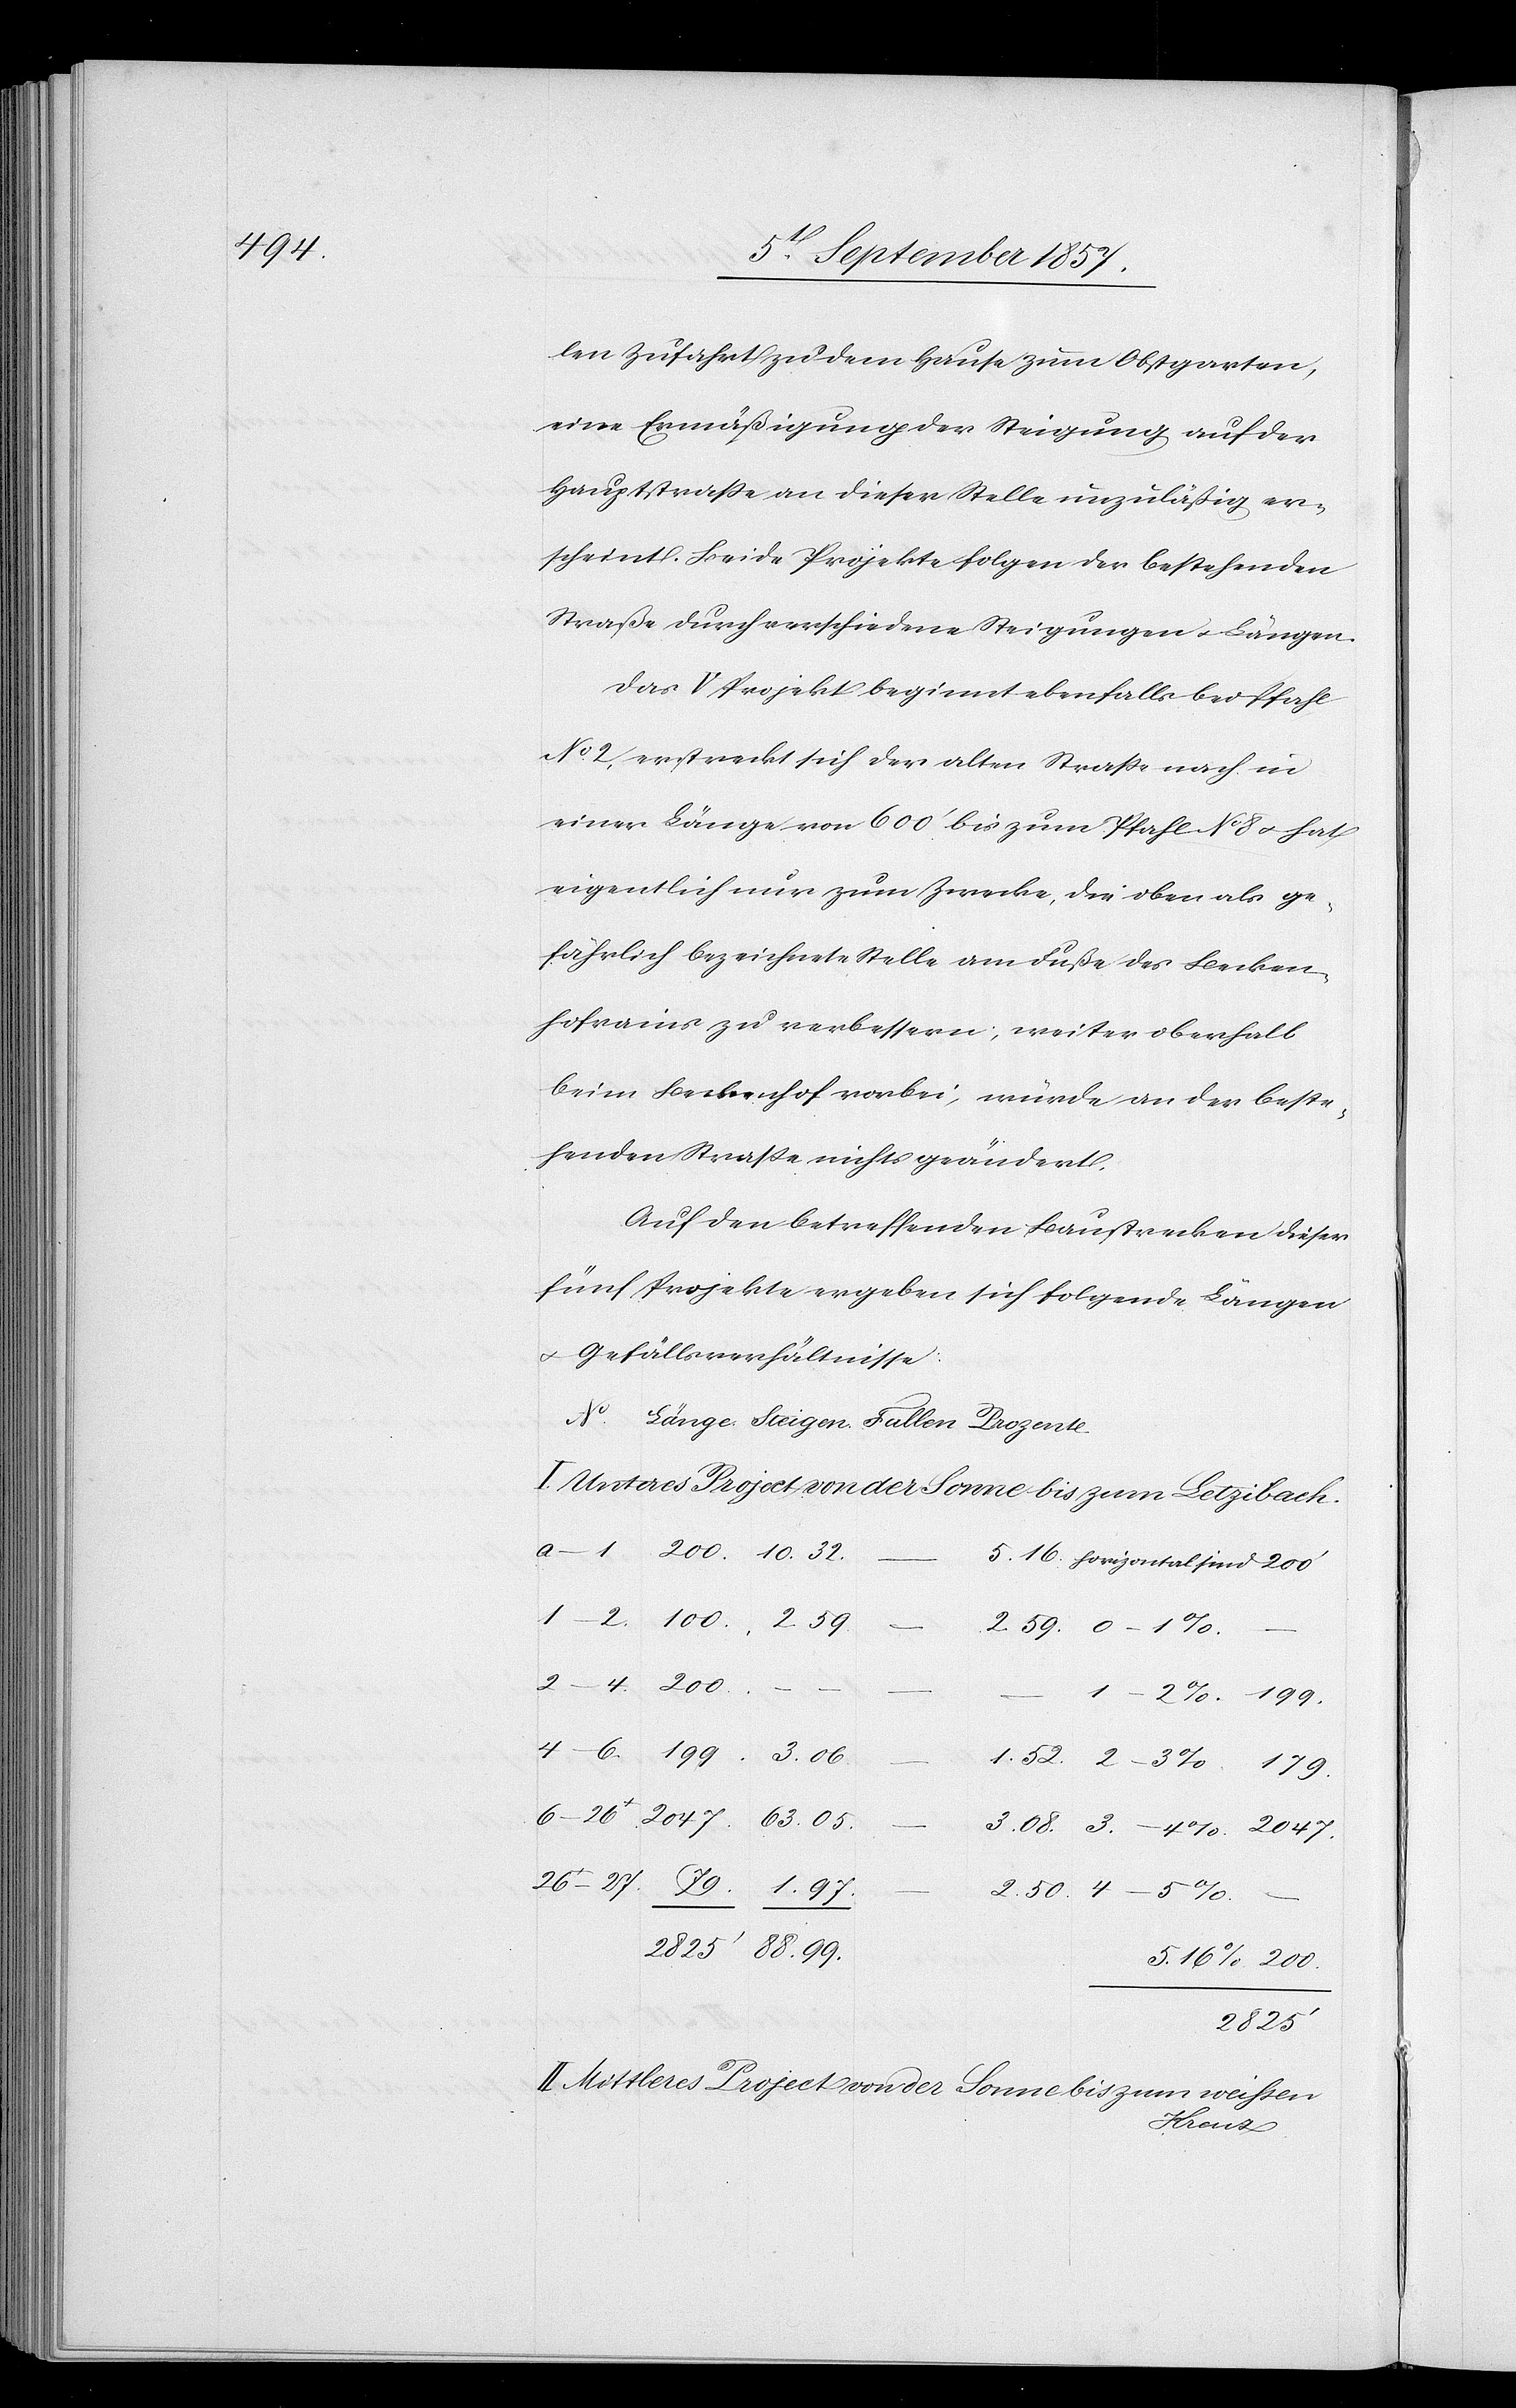
88.99

len Zufahrt zu dem Hause zum Obstgarten,
eine Ermäßigung der Steigung, auf der
Hauptstraße an dieser Stelle unzuläßig er¬
scheint. Beide Projekte folgen der bestehenden
Straße durch verschiedene Steigungen & Längen.
Das V Projekt beginnt ebenfalls bei Pfahl
No 2, erstreckt sich der alten Straße nach in
einer Länge von 600’ bis zum Pfahl No 8 & hat
eigentlich nur zum Zwecke, die oben als ge¬
fährlich bezeichnete Stelle am Fuße des Becken¬
hofrains zu verbessern, weiter oberhalb
beim Beckenhof vorbei, würde an der beste¬
henden Straße nichts geändert.
Auf den betreffenden Baustrecken dieser
fünf Projekte ergeben sich folgende Längen
& Gefällsverhältnisse:
I. Unteres Project von der Sonne bis zum Letzibach.
5.16 Horizontal sind 200’
“ –
5.16% 200.
2825’